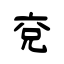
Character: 兗